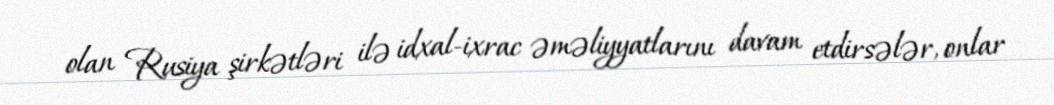
olan Rusiya şirkətləri ilə idxal-ixrac əməliyyatlarını davam etdirsələr, onlar